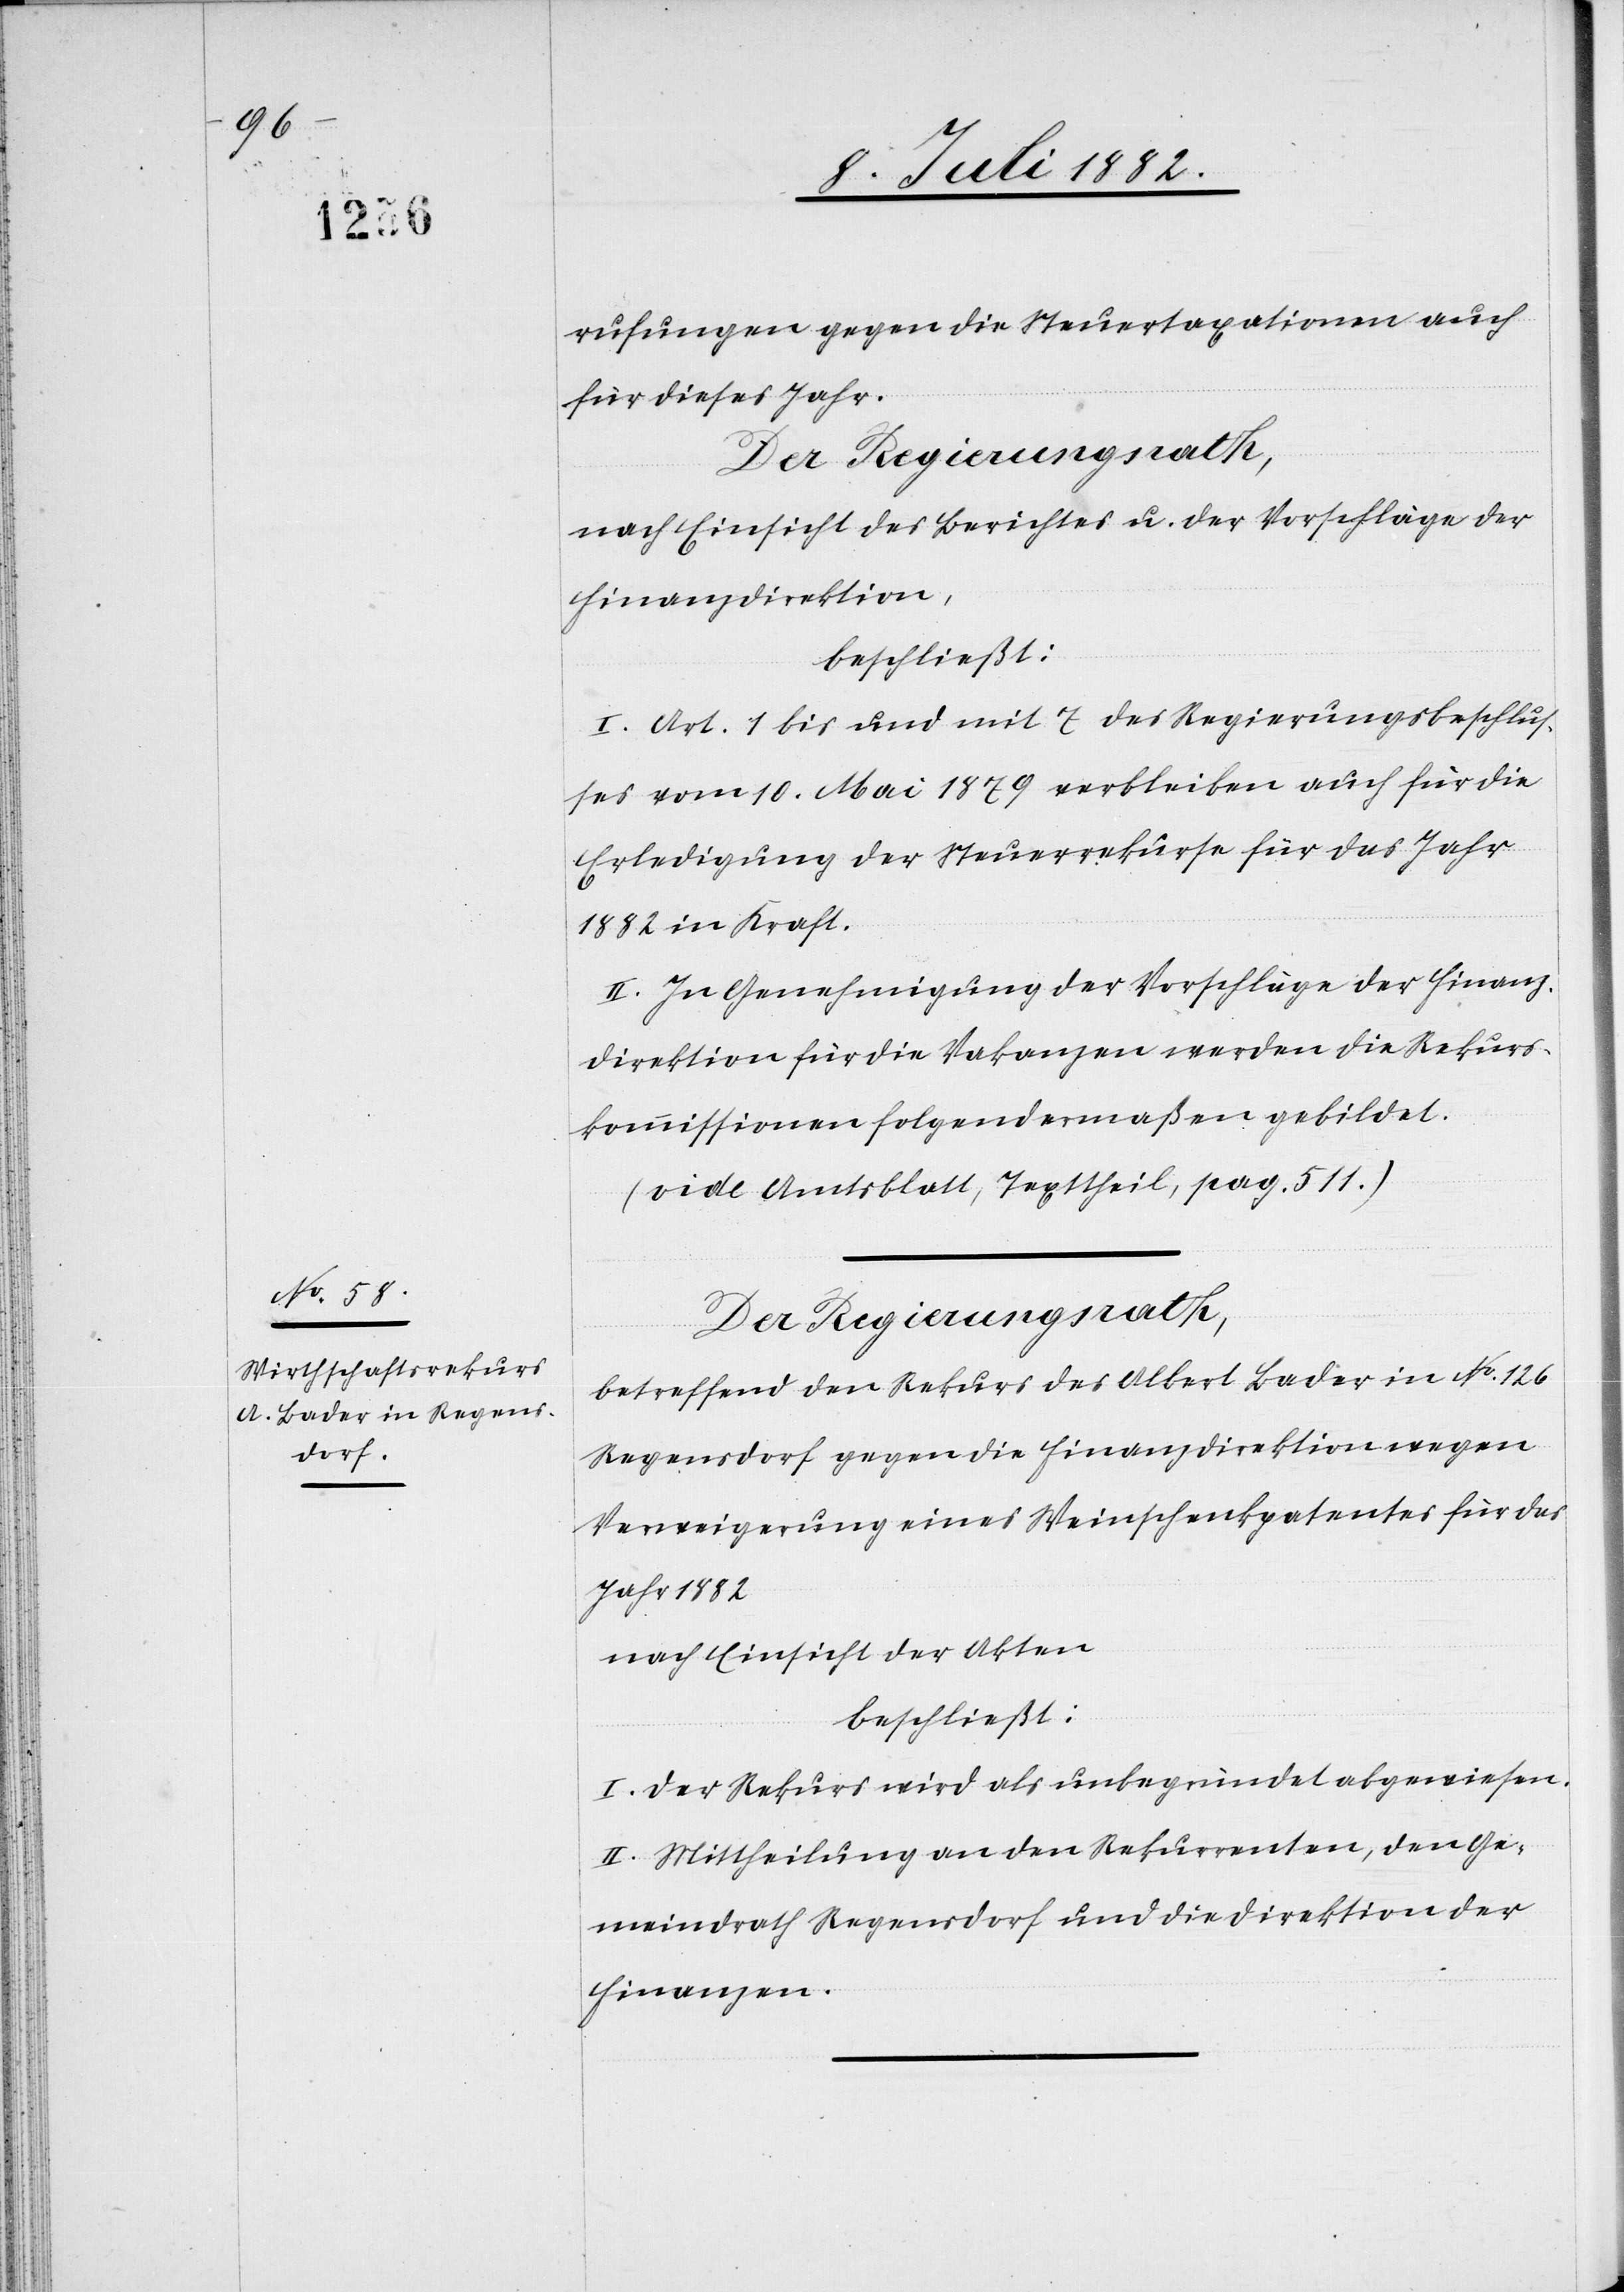
rufungen gegen die Steuertaxationen auch
für dieses Jahr.
Der Regierungsrath,
nach Einsicht eines Berichtes u. der Vorschläge der
Finanzdirektion,
beschließt:
I. Art. 1 bis und mit 7 des Regierungsbeschlus¬
ses vom 10. Mai 1879 verbleiben auch für die
Erledigung der Steuerrekurse für das Jahr
1882 in Kraft.
II. In Genehmigung der Vorschläge der Finanz¬
direktion für die Vakanzen werden die Rekurs¬
kommissionen folgendermaßen gebildet.
(vide Amtsblatt, Texttheil, pag. 311.)
Der Regierungsrath,
betreffend den Rekurs des Albert Bader in No 126
Regensdorf gegen die Finanzdirektion wegen
Verweigerung eines Weinschenkpatentes für das
Jahr 1882
nach Einsicht der Akten
beschließt:
I. Der Rekurs wird als unbegründet abgewiesen.
II. Mittheilung an den Rekurrenten, den Ge¬
meindrath Regensdorf und die Direktion der
Finanzen.